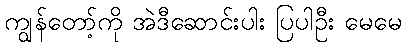
ကျွန်တော့်ကို အဲဒီဆောင်းပါး ပြပါဦး မေမေ